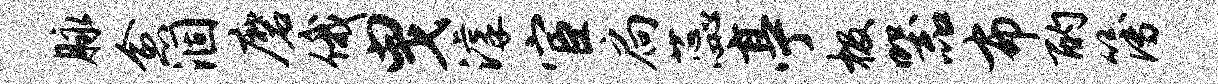
脉愈涸磨俄曳滹宦扃蕊亭极器布酌簿